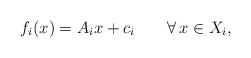
\begin{align*}f_i(x)=A_ix+c_i\qquad\forall\, x\in X_i,\end{align*}